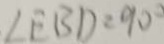
\angle E B D = 9 0 ^ { \circ }